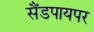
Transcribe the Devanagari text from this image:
सैंडपायपर